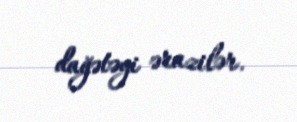
dağətəyi ərazilər.